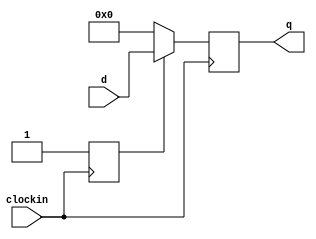
/*Program_Counter.v

Thomas Sowders

Increments a 32-bit value by four on each clock rising edge.
*/



/* 

ProgramCounter
Thomas Sowders

Increments an internally-stored 32-bit value by 4 on each clock rising edge, starting at 0.

Inputs:
clockin - 1-bit clock signal
d - branch target address

Outputs:
value - the 32-bit value of the program counter
*/

module ProgramCounter(input clockin, input wire [31:0] d, output reg [31:0] q);
	
	reg valid;
	
	initial
	begin
		//The counter begins with value 0.
		valid = 0;
		q = 32'b0;
	end
	
	always @ (posedge clockin)
	begin
		if (valid)
			q = d;
		if (!valid)
			begin
			q = 32'b0;
			valid = 1;
			end
		
	end
endmodule